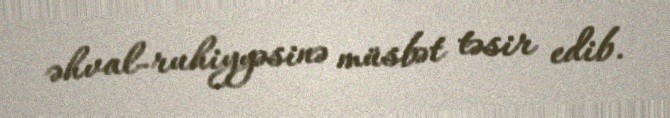
əhval-ruhiyyəsinə müsbət təsir edib.